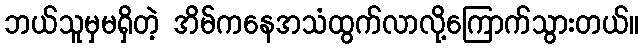
ဘယ်သူမှမရှိတဲ့ အိမ်ကနေအသံထွက်လာလို့ကြောက်သွားတယ်။